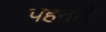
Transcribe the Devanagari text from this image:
पहनाऍं